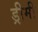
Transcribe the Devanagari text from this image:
ड्रीमी